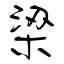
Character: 粱